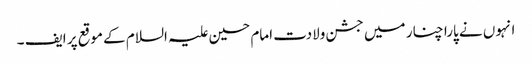
انہوں نے پارا چنار میں جشن ولادت امام حسین علیہ السلام کے موقع پر ایف ۔